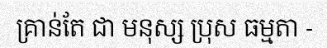
គ្រាន់តែ ជា មនុស្ស ប្រុស ធម្មតា -